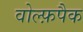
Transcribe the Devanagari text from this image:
वोल्फ़पैक